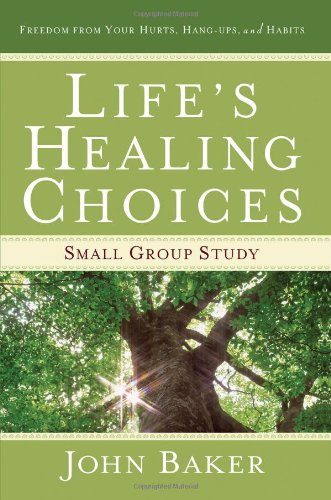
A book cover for Life's Healing Choices Small Group Study: Freedom from Your Hurts, Hang-ups, and Habits; John Baker; Christian Books & Bibles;